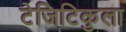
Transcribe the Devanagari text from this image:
टेजिटिकुला